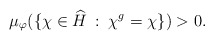
\begin{align*} \mu_\varphi(\{\chi \in \widehat{H} \: : \: \chi^g = \chi\}) > 0. \end{align*}